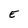
Character: E